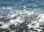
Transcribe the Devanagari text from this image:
अगुओं